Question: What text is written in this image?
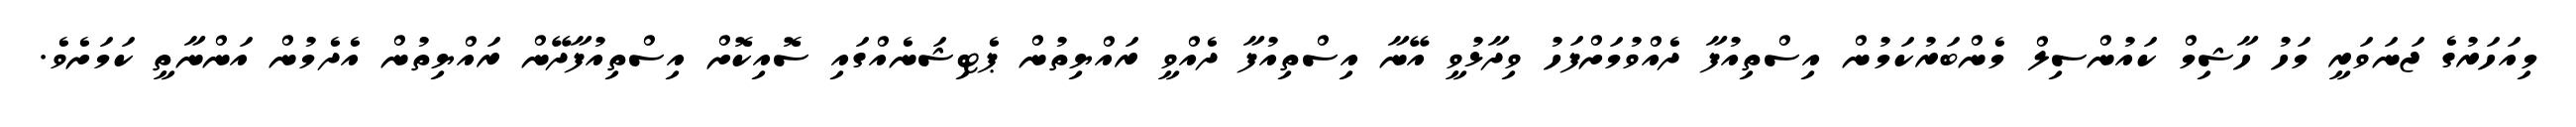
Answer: މިއަހަރުގެ ޖަނަވަރީ މަހު ހާޝިމް ކައުންސިލް މެންބަރުކަމުން އިސްތިއުފާ ދެއްވުމަށްފަހު ވިދާޅުވީ އޭނާ އިސްތިއުފާ ދެއްވީ ރައްޔިތުން ޕެޓިޝަނެއްގައި ސޮއިކޮށް އިސްތިއުފާދޭން ރައްޔިތުން އެދެމުން އަންނާތީ ކަމަށެވެ.